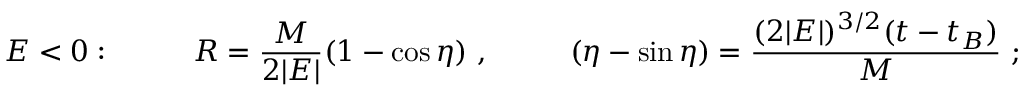
E < 0 : ~ ~ ~ ~ ~ ~ ~ ~ R = { \frac { M } { 2 | E | } } ( 1 - \cos \eta ) ~ , ~ ~ ~ ~ ~ ~ ~ ~ ( \eta - \sin \eta ) = { \frac { ( 2 | E | ) ^ { 3 / 2 } ( t - t _ { B } ) } { M } } ~ ;